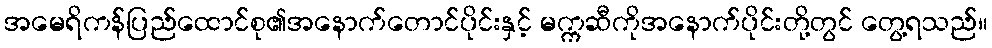
အမေရိကန်ပြည်ထောင်စု၏အနောက်တောင်ပိုင်းနှင့် မက္ကဆီကိုအနောက်ပိုင်းတို့တွင် တွေ့ရသည်။